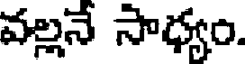
వల్లనే సాధ్యం.